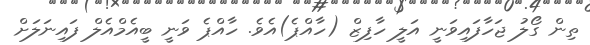
ތިން ގޯލު ޖަހާފައިވަނީ އަލީ ހާފިޒް (ހާއްޕެ)އެވެ. ހާއްޕެ ވަނީ ބީއެމްއެލް ފައިނަލަށް